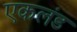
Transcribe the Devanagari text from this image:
एकलंड